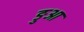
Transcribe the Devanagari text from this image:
ङुआ